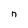
Character: n